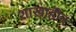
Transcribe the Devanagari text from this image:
शाखाहीन